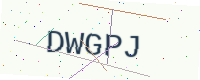
Text: DWGPJ